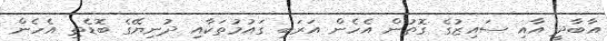
އާބާދީ އާއި ސައިޒުގެ ގޮތުން އެހެން އަރަބި ގައުމުތަކާއި ދުނިޔޭގެ ބޮޑެތި އެހެން